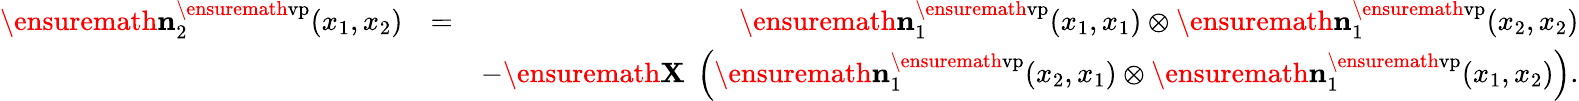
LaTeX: \begin{array}{rlr}{\ensuremath{\mathbf{n}}_{2}^{\ensuremath{\mathrm{vp}}}(x_{1},x_{2})}&{=}&{\ensuremath{\mathbf{n}}_{1}^{\ensuremath{\mathrm{vp}}}(x_{1},x_{1})\otimes\ensuremath{\mathbf{n}}_{1}^{\ensuremath{\mathrm{vp}}}(x_{2},x_{2})}\\ &{}&{-\ensuremath{\mathbf{X}}\; \left(\ensuremath{\mathbf{n}}_{1}^{\ensuremath{\mathrm{vp}}}(x_{2},x_{1})\otimes\ensuremath{\mathbf{n}}_{1}^{\ensuremath{\mathrm{vp}}}(x_{1},x_{2})\right).}\end{array}